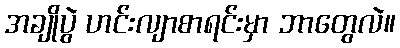
အချိုပွဲ ဟင်းလျာစာရင်းမှာ ဘာတွေလဲ။